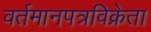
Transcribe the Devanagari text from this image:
वर्तमानपत्रविक्रेता